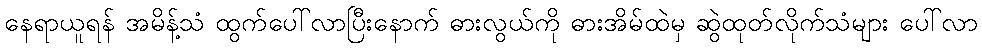
နေရာယူရန် အမိန့်သံ ထွက်ပေါ်လာပြီးနောက် ဓားလွယ်ကို ဓားအိမ်ထဲမှ ဆွဲထုတ်လိုက်သံများ ပေါ်လာ